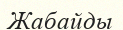
Жабайды